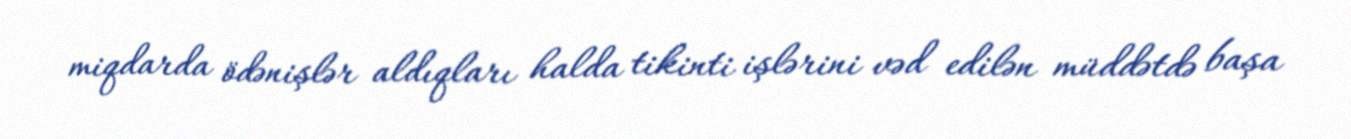
miqdarda ödənişlər aldıqları halda tikinti işlərini vəd edilən müddətdə başa